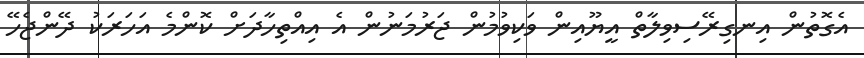
އެގޮތުން އިނގިރޭސިވިލާތް އީޔޫއިން ވަކިވުމުން ޖަރުމަނުން އެ އިއްތިހާދަށް ކޮންމެ އަހަރަކު ދޭންޖެހޭ